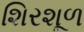
શિરશૂળ